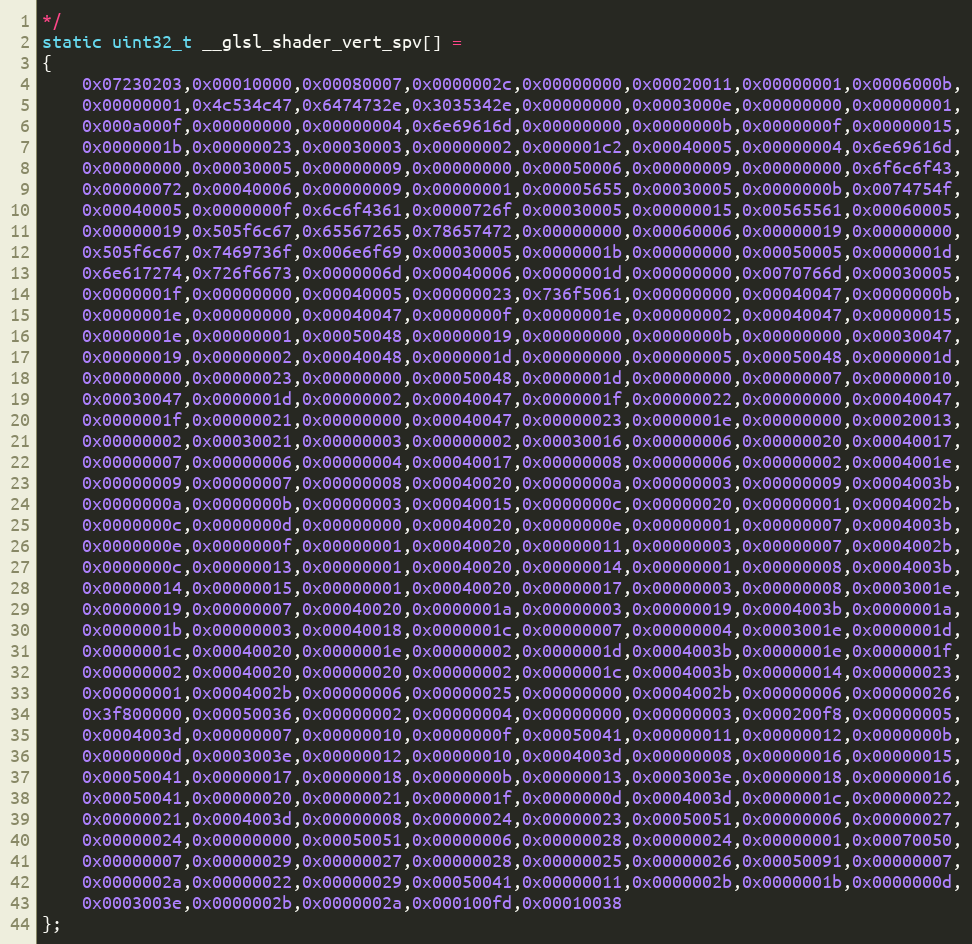
Language: C++
*/
static uint32_t __glsl_shader_vert_spv[] =
{
    0x07230203,0x00010000,0x00080007,0x0000002c,0x00000000,0x00020011,0x00000001,0x0006000b,
    0x00000001,0x4c534c47,0x6474732e,0x3035342e,0x00000000,0x0003000e,0x00000000,0x00000001,
    0x000a000f,0x00000000,0x00000004,0x6e69616d,0x00000000,0x0000000b,0x0000000f,0x00000015,
    0x0000001b,0x00000023,0x00030003,0x00000002,0x000001c2,0x00040005,0x00000004,0x6e69616d,
    0x00000000,0x00030005,0x00000009,0x00000000,0x00050006,0x00000009,0x00000000,0x6f6c6f43,
    0x00000072,0x00040006,0x00000009,0x00000001,0x00005655,0x00030005,0x0000000b,0x0074754f,
    0x00040005,0x0000000f,0x6c6f4361,0x0000726f,0x00030005,0x00000015,0x00565561,0x00060005,
    0x00000019,0x505f6c67,0x65567265,0x78657472,0x00000000,0x00060006,0x00000019,0x00000000,
    0x505f6c67,0x7469736f,0x006e6f69,0x00030005,0x0000001b,0x00000000,0x00050005,0x0000001d,
    0x6e617274,0x726f6673,0x0000006d,0x00040006,0x0000001d,0x00000000,0x0070766d,0x00030005,
    0x0000001f,0x00000000,0x00040005,0x00000023,0x736f5061,0x00000000,0x00040047,0x0000000b,
    0x0000001e,0x00000000,0x00040047,0x0000000f,0x0000001e,0x00000002,0x00040047,0x00000015,
    0x0000001e,0x00000001,0x00050048,0x00000019,0x00000000,0x0000000b,0x00000000,0x00030047,
    0x00000019,0x00000002,0x00040048,0x0000001d,0x00000000,0x00000005,0x00050048,0x0000001d,
    0x00000000,0x00000023,0x00000000,0x00050048,0x0000001d,0x00000000,0x00000007,0x00000010,
    0x00030047,0x0000001d,0x00000002,0x00040047,0x0000001f,0x00000022,0x00000000,0x00040047,
    0x0000001f,0x00000021,0x00000000,0x00040047,0x00000023,0x0000001e,0x00000000,0x00020013,
    0x00000002,0x00030021,0x00000003,0x00000002,0x00030016,0x00000006,0x00000020,0x00040017,
    0x00000007,0x00000006,0x00000004,0x00040017,0x00000008,0x00000006,0x00000002,0x0004001e,
    0x00000009,0x00000007,0x00000008,0x00040020,0x0000000a,0x00000003,0x00000009,0x0004003b,
    0x0000000a,0x0000000b,0x00000003,0x00040015,0x0000000c,0x00000020,0x00000001,0x0004002b,
    0x0000000c,0x0000000d,0x00000000,0x00040020,0x0000000e,0x00000001,0x00000007,0x0004003b,
    0x0000000e,0x0000000f,0x00000001,0x00040020,0x00000011,0x00000003,0x00000007,0x0004002b,
    0x0000000c,0x00000013,0x00000001,0x00040020,0x00000014,0x00000001,0x00000008,0x0004003b,
    0x00000014,0x00000015,0x00000001,0x00040020,0x00000017,0x00000003,0x00000008,0x0003001e,
    0x00000019,0x00000007,0x00040020,0x0000001a,0x00000003,0x00000019,0x0004003b,0x0000001a,
    0x0000001b,0x00000003,0x00040018,0x0000001c,0x00000007,0x00000004,0x0003001e,0x0000001d,
    0x0000001c,0x00040020,0x0000001e,0x00000002,0x0000001d,0x0004003b,0x0000001e,0x0000001f,
    0x00000002,0x00040020,0x00000020,0x00000002,0x0000001c,0x0004003b,0x00000014,0x00000023,
    0x00000001,0x0004002b,0x00000006,0x00000025,0x00000000,0x0004002b,0x00000006,0x00000026,
    0x3f800000,0x00050036,0x00000002,0x00000004,0x00000000,0x00000003,0x000200f8,0x00000005,
    0x0004003d,0x00000007,0x00000010,0x0000000f,0x00050041,0x00000011,0x00000012,0x0000000b,
    0x0000000d,0x0003003e,0x00000012,0x00000010,0x0004003d,0x00000008,0x00000016,0x00000015,
    0x00050041,0x00000017,0x00000018,0x0000000b,0x00000013,0x0003003e,0x00000018,0x00000016,
    0x00050041,0x00000020,0x00000021,0x0000001f,0x0000000d,0x0004003d,0x0000001c,0x00000022,
    0x00000021,0x0004003d,0x00000008,0x00000024,0x00000023,0x00050051,0x00000006,0x00000027,
    0x00000024,0x00000000,0x00050051,0x00000006,0x00000028,0x00000024,0x00000001,0x00070050,
    0x00000007,0x00000029,0x00000027,0x00000028,0x00000025,0x00000026,0x00050091,0x00000007,
    0x0000002a,0x00000022,0x00000029,0x00050041,0x00000011,0x0000002b,0x0000001b,0x0000000d,
    0x0003003e,0x0000002b,0x0000002a,0x000100fd,0x00010038
};